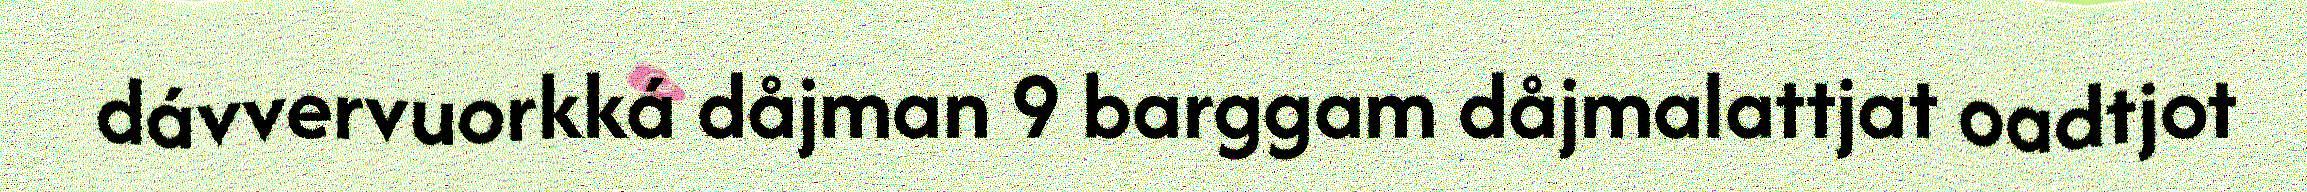
dávvervuorkká dåjman 9 barggam dåjmalattjat oadtjot